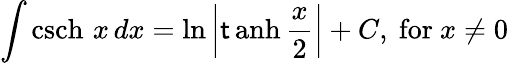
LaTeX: \int\operatorname{csch}\, x\, dx=\ln\left|\operatorname{\mathsf{t}anh}{\frac{{x}}{{2}}}\right|+C,{\mathrm{{~for~}}}x\neq0